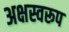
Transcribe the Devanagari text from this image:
अक्षस्वरूप